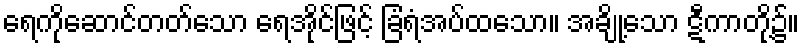
ရေကိုဆောင်တတ်သော ရေအိုင်ဖြင့် ခြံရံအပ်ထသော။ အချို့သော ဋီကာတို့၌။